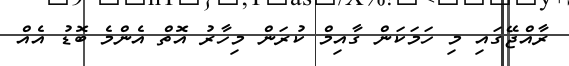
ރާއްޖޭގައި މި ހަމަކަން ގާއިމް ކުރަން މިހާރު އޮތް އެންމެ ބޮޑު އެއް